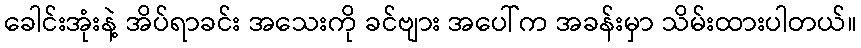
ခေါင်းအုံးနဲ့ အိပ်ရာခင်း အသေးကို ခင်ဗျား အပေါ်က အခန်းမှာ သိမ်းထားပါတယ်။